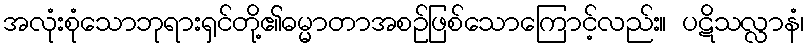
အလုံးစုံသောဘုရားရှင်တို့၏ဓမ္မာတာအစဉ်ဖြစ်သောကြောင့်လည်း။ ပဋိသလ္လာနံ၊